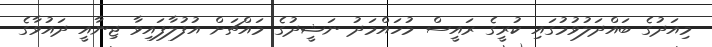
މިއަދުގެ ބައްދަލުވުމުގައި ކުރީގެ ރައީސް މުހައްމަދު ނަޝީދުގެ މައްޗަށް އުފުލާފައިވާ ޖިނާއީ ދައުވާގެ